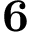
{ \bf 6 }